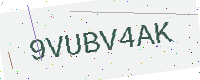
Text: 9VUBV4AK